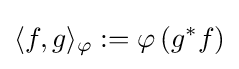
\langle f,g\rangle _{\varphi }:=\varphi \left(g^{*}f\right)